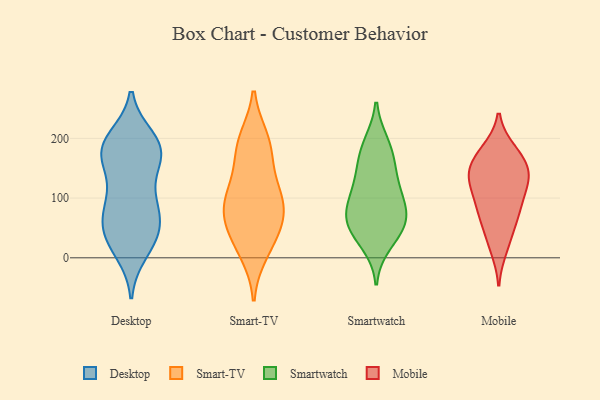
{"axis": {"x": "Temperature (°C)", "y": "Value"}, "legend": ["Desktop", "Mobile", "Smart-TV", "Smartwatch"], "data": [{"x": "", "y": 164, "type": "Desktop"}, {"x": "", "y": 189, "type": "Desktop"}, {"x": "", "y": 200, "type": "Desktop"}, {"x": "", "y": 185, "type": "Desktop"}, {"x": "", "y": 162, "type": "Desktop"}, {"x": "", "y": 10, "type": "Desktop"}, {"x": "", "y": 97, "type": "Desktop"}, {"x": "", "y": 21, "type": "Desktop"}, {"x": "", "y": 36, "type": "Desktop"}, {"x": "", "y": 179, "type": "Desktop"}, {"x": "", "y": 197, "type": "Desktop"}, {"x": "", "y": 57, "type": "Desktop"}, {"x": "", "y": 99, "type": "Desktop"}, {"x": "", "y": 53, "type": "Desktop"}, {"x": "", "y": 59, "type": "Desktop"}, {"x": "", "y": 159, "type": "Desktop"}, {"x": "", "y": 31, "type": "Desktop"}, {"x": "", "y": 79, "type": "Desktop"}, {"x": "", "y": 97, "type": "Desktop"}, {"x": "", "y": 179, "type": "Desktop"}, {"x": "", "y": 196, "type": "Smart-TV"}, {"x": "", "y": 189, "type": "Smart-TV"}, {"x": "", "y": 116, "type": "Smart-TV"}, {"x": "", "y": 99, "type": "Smart-TV"}, {"x": "", "y": 52, "type": "Smart-TV"}, {"x": "", "y": 30, "type": "Smart-TV"}, {"x": "", "y": 102, "type": "Smart-TV"}, {"x": "", "y": 174, "type": "Smart-TV"}, {"x": "", "y": 11, "type": "Smart-TV"}, {"x": "", "y": 77, "type": "Smart-TV"}, {"x": "", "y": 70, "type": "Smart-TV"}, {"x": "", "y": 90, "type": "Smartwatch"}, {"x": "", "y": 81, "type": "Smartwatch"}, {"x": "", "y": 24, "type": "Smartwatch"}, {"x": "", "y": 62, "type": "Smartwatch"}, {"x": "", "y": 117, "type": "Smartwatch"}, {"x": "", "y": 47, "type": "Smartwatch"}, {"x": "", "y": 60, "type": "Smartwatch"}, {"x": "", "y": 184, "type": "Smartwatch"}, {"x": "", "y": 157, "type": "Smartwatch"}, {"x": "", "y": 103, "type": "Smartwatch"}, {"x": "", "y": 143, "type": "Smartwatch"}, {"x": "", "y": 191, "type": "Smartwatch"}, {"x": "", "y": 50, "type": "Smartwatch"}, {"x": "", "y": 16, "type": "Mobile"}, {"x": "", "y": 125, "type": "Mobile"}, {"x": "", "y": 70, "type": "Mobile"}, {"x": "", "y": 175, "type": "Mobile"}, {"x": "", "y": 33, "type": "Mobile"}, {"x": "", "y": 179, "type": "Mobile"}, {"x": "", "y": 121, "type": "Mobile"}, {"x": "", "y": 133, "type": "Mobile"}, {"x": "", "y": 81, "type": "Mobile"}, {"x": "", "y": 140, "type": "Mobile"}, {"x": "", "y": 168, "type": "Mobile"}, {"x": "", "y": 137, "type": "Mobile"}, {"x": "", "y": 154, "type": "Mobile"}, {"x": "", "y": 93, "type": "Mobile"}, {"x": "", "y": 70, "type": "Mobile"}]}